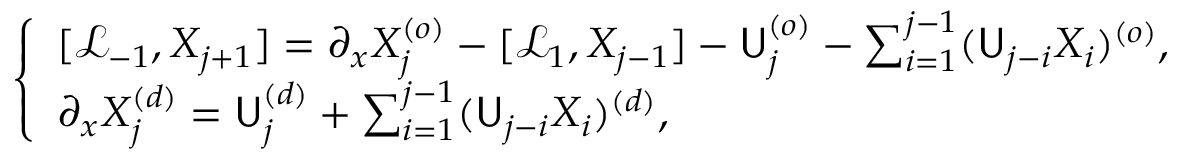
\begin{array} { r } { \left\{ \begin{array} { l l } { [ \mathcal { L } _ { - 1 } , X _ { j + 1 } ] = \partial _ { x } X _ { j } ^ { ( o ) } - [ \mathcal { L } _ { 1 } , X _ { j - 1 } ] - \mathsf { U } _ { j } ^ { ( o ) } - \sum _ { i = 1 } ^ { j - 1 } ( \mathsf { U } _ { j - i } X _ { i } ) ^ { ( o ) } , } \\ { \partial _ { x } X _ { j } ^ { ( d ) } = \mathsf { U } _ { j } ^ { ( d ) } + \sum _ { i = 1 } ^ { j - 1 } ( \mathsf { U } _ { j - i } X _ { i } ) ^ { ( d ) } , } \end{array} \right. } \end{array}